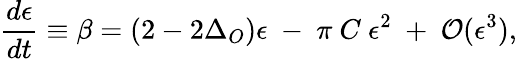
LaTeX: {\frac{d\epsilon}{dt}}\equiv\beta=(2-2\Delta_{O})\epsilon~-~\pi~C~\epsilon^{2}~+~{\cal O}(\epsilon^{3}),